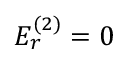
E _ { r } ^ { ( 2 ) } = 0